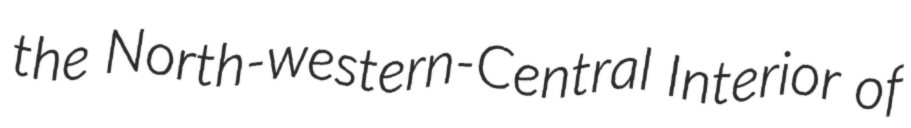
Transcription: the North-western-Central Interior of